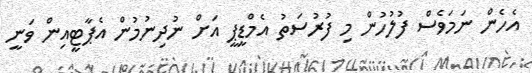
އެހެން ނަމަވެސް ފުލުހުން މި ފުރުސަތު އެމްޑީޕީ އަށް ނުދިނުމުން އެޕާޓީއިން ވަނީ